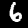
Label: 6